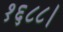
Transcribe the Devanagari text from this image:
१६८८।